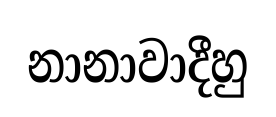
නානාවාදීහු